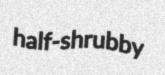
half-shrubby